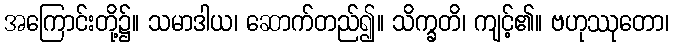
အကြောင်းတို့၌။ သမာဒါယ၊ ဆောက်တည်၍။ သိက္ခတိ၊ ကျင့်၏။ ဗဟုဿုတော၊